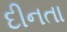
દીનતા